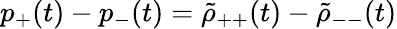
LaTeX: p_{+}(t)-p_{-}(t)=\tilde{\rho}_{++}(t)-\tilde{\rho}_{--}(t)